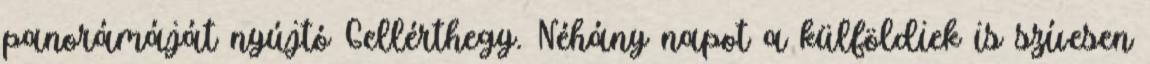
panorámáját nyújtó Gellérthegy. Néhány napot a külföldiek is szívesen